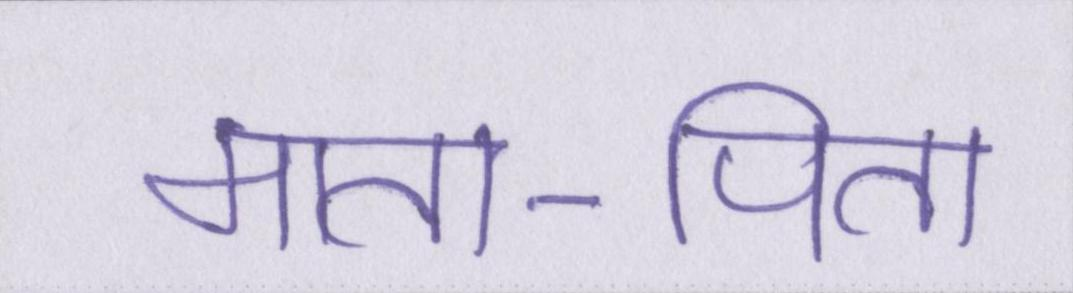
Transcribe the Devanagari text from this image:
माता-पिता